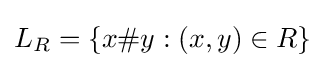
L_{R}=\{x\#y:(x,y)\in R\}